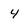
Character: 4